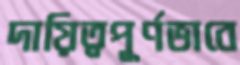
দায়িত্বপূর্ণভাবে